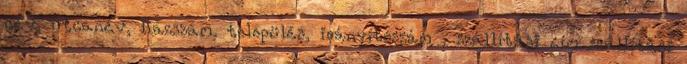
név, utcanév, házszám, település, irányítószám , szállítási cím szállítási